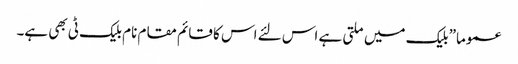
عموما” بلیک میں ملتی ہے اس لئے اس کا قائم مقام نام بلیک ٹی بھی ہے۔